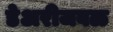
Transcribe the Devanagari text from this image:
डेअरीजवळ